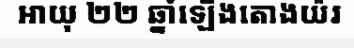
អាយុ ២២ ឆ្នាំឡើងតោងយ៉រ